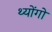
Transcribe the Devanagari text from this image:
थ्योंगो